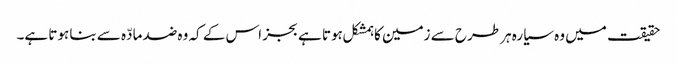
حقیقت میں وہ سیارہ ہر طرح سے زمین کا ہمشکل ہوتا ہے بجز اس کے کہ وہ ضد مادّہ سے بنا ہوتا ہے۔